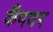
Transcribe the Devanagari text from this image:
कँपवर